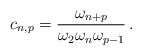
LaTeX: \begin{align*}c_{n,p} = \frac{\omega_{n+p}}{\omega_2 \omega_n \omega_{p-1}}\, .\end{align*}